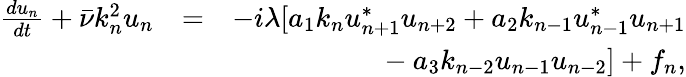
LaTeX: \begin{array}{rlr}{\frac{du_{n}}{dt}+\bar{\nu}k_{n}^{2}u_{n}}&{=}&{-i\lambda[a_{1}k_{n}u_{n+1}^{*}u_{n+2}+a_{2}k_{n-1}u_{n-1}^{*}u_{n+1}}\\ &{}&{~~~-a_{3}k_{n-2}u_{n-1}u_{n-2}]+f_{n},}\end{array}